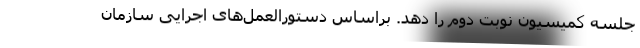
جلسه کمیسیون نوبت دوم را دهد. براساس دستورالعمل‌های اجرایی سازمان